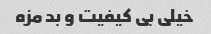
خیلی بی کیفیت و بد مزه